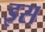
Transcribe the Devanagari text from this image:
इस